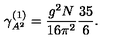
\gamma _ { A ^ { 2 } } ^ { ( 1 ) } = \frac { g ^ { 2 } N } { 1 6 \pi ^ { 2 } } \frac { 3 5 } { 6 } .